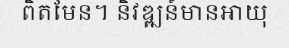
ពិតមែន។ និវឌ្ឍន៍មានអាយុ